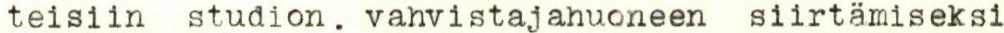
teisiin studion. vahvistajahuoneen siirtämiseksi